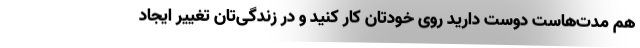
هم مدت‌هاست دوست دارید روی خودتان کار کنید و در زندگی‌تان تغییر ایجاد